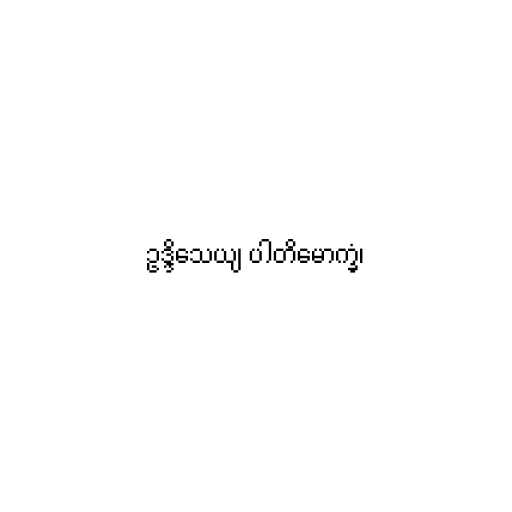
ဥဒ္ဒိသေယျ ပါတိမောက္ခံ၊